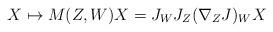
LaTeX: \begin{align*}X \mapsto M(Z,W)X = J_WJ_Z(\nabla_Z J)_WX\end{align*}